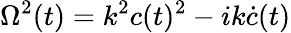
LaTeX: \Omega^{2}(t)=k^{2}c(t)^{2}-ik\dot{c}(t)